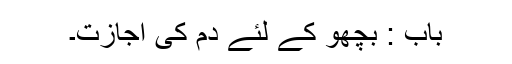
باب : بچھو کے لئے دم کی اجازت۔